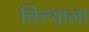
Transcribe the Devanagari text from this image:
चित्त्याला